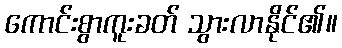
ကောင်းစွာကူးခတ် သွားလာနိုင်၏။